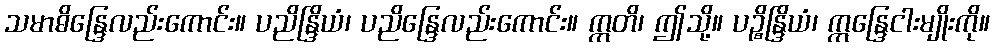
သမာဓိန္ဒြေလည်းကောင်း။ ပညိန္ဒြိယံ၊ ပညိန္ဒြေလည်းကောင်း။ ဣတိ၊ ဤသို့။ ပဉ္စိန္ဒြိယံ၊ ဣန္ဒြေငါးမျိုးကို။